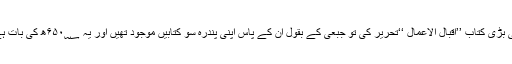
(۲۸)جب ابن طاوئوس نے دعائوں کے سلسلے میں اپنی بڑی کتاب ’’اقبال الاعمال ‘‘تحریر کی تو جبعی کے بقول ان کے پاس اپنی پندرہ سو کتابیں موجود تھیں اور یہ ۶۵۰؁ھ کی بات ہے جب ابن طاوئوس اقبال الاعمال لکھ کر فارغ ہوئے ۔